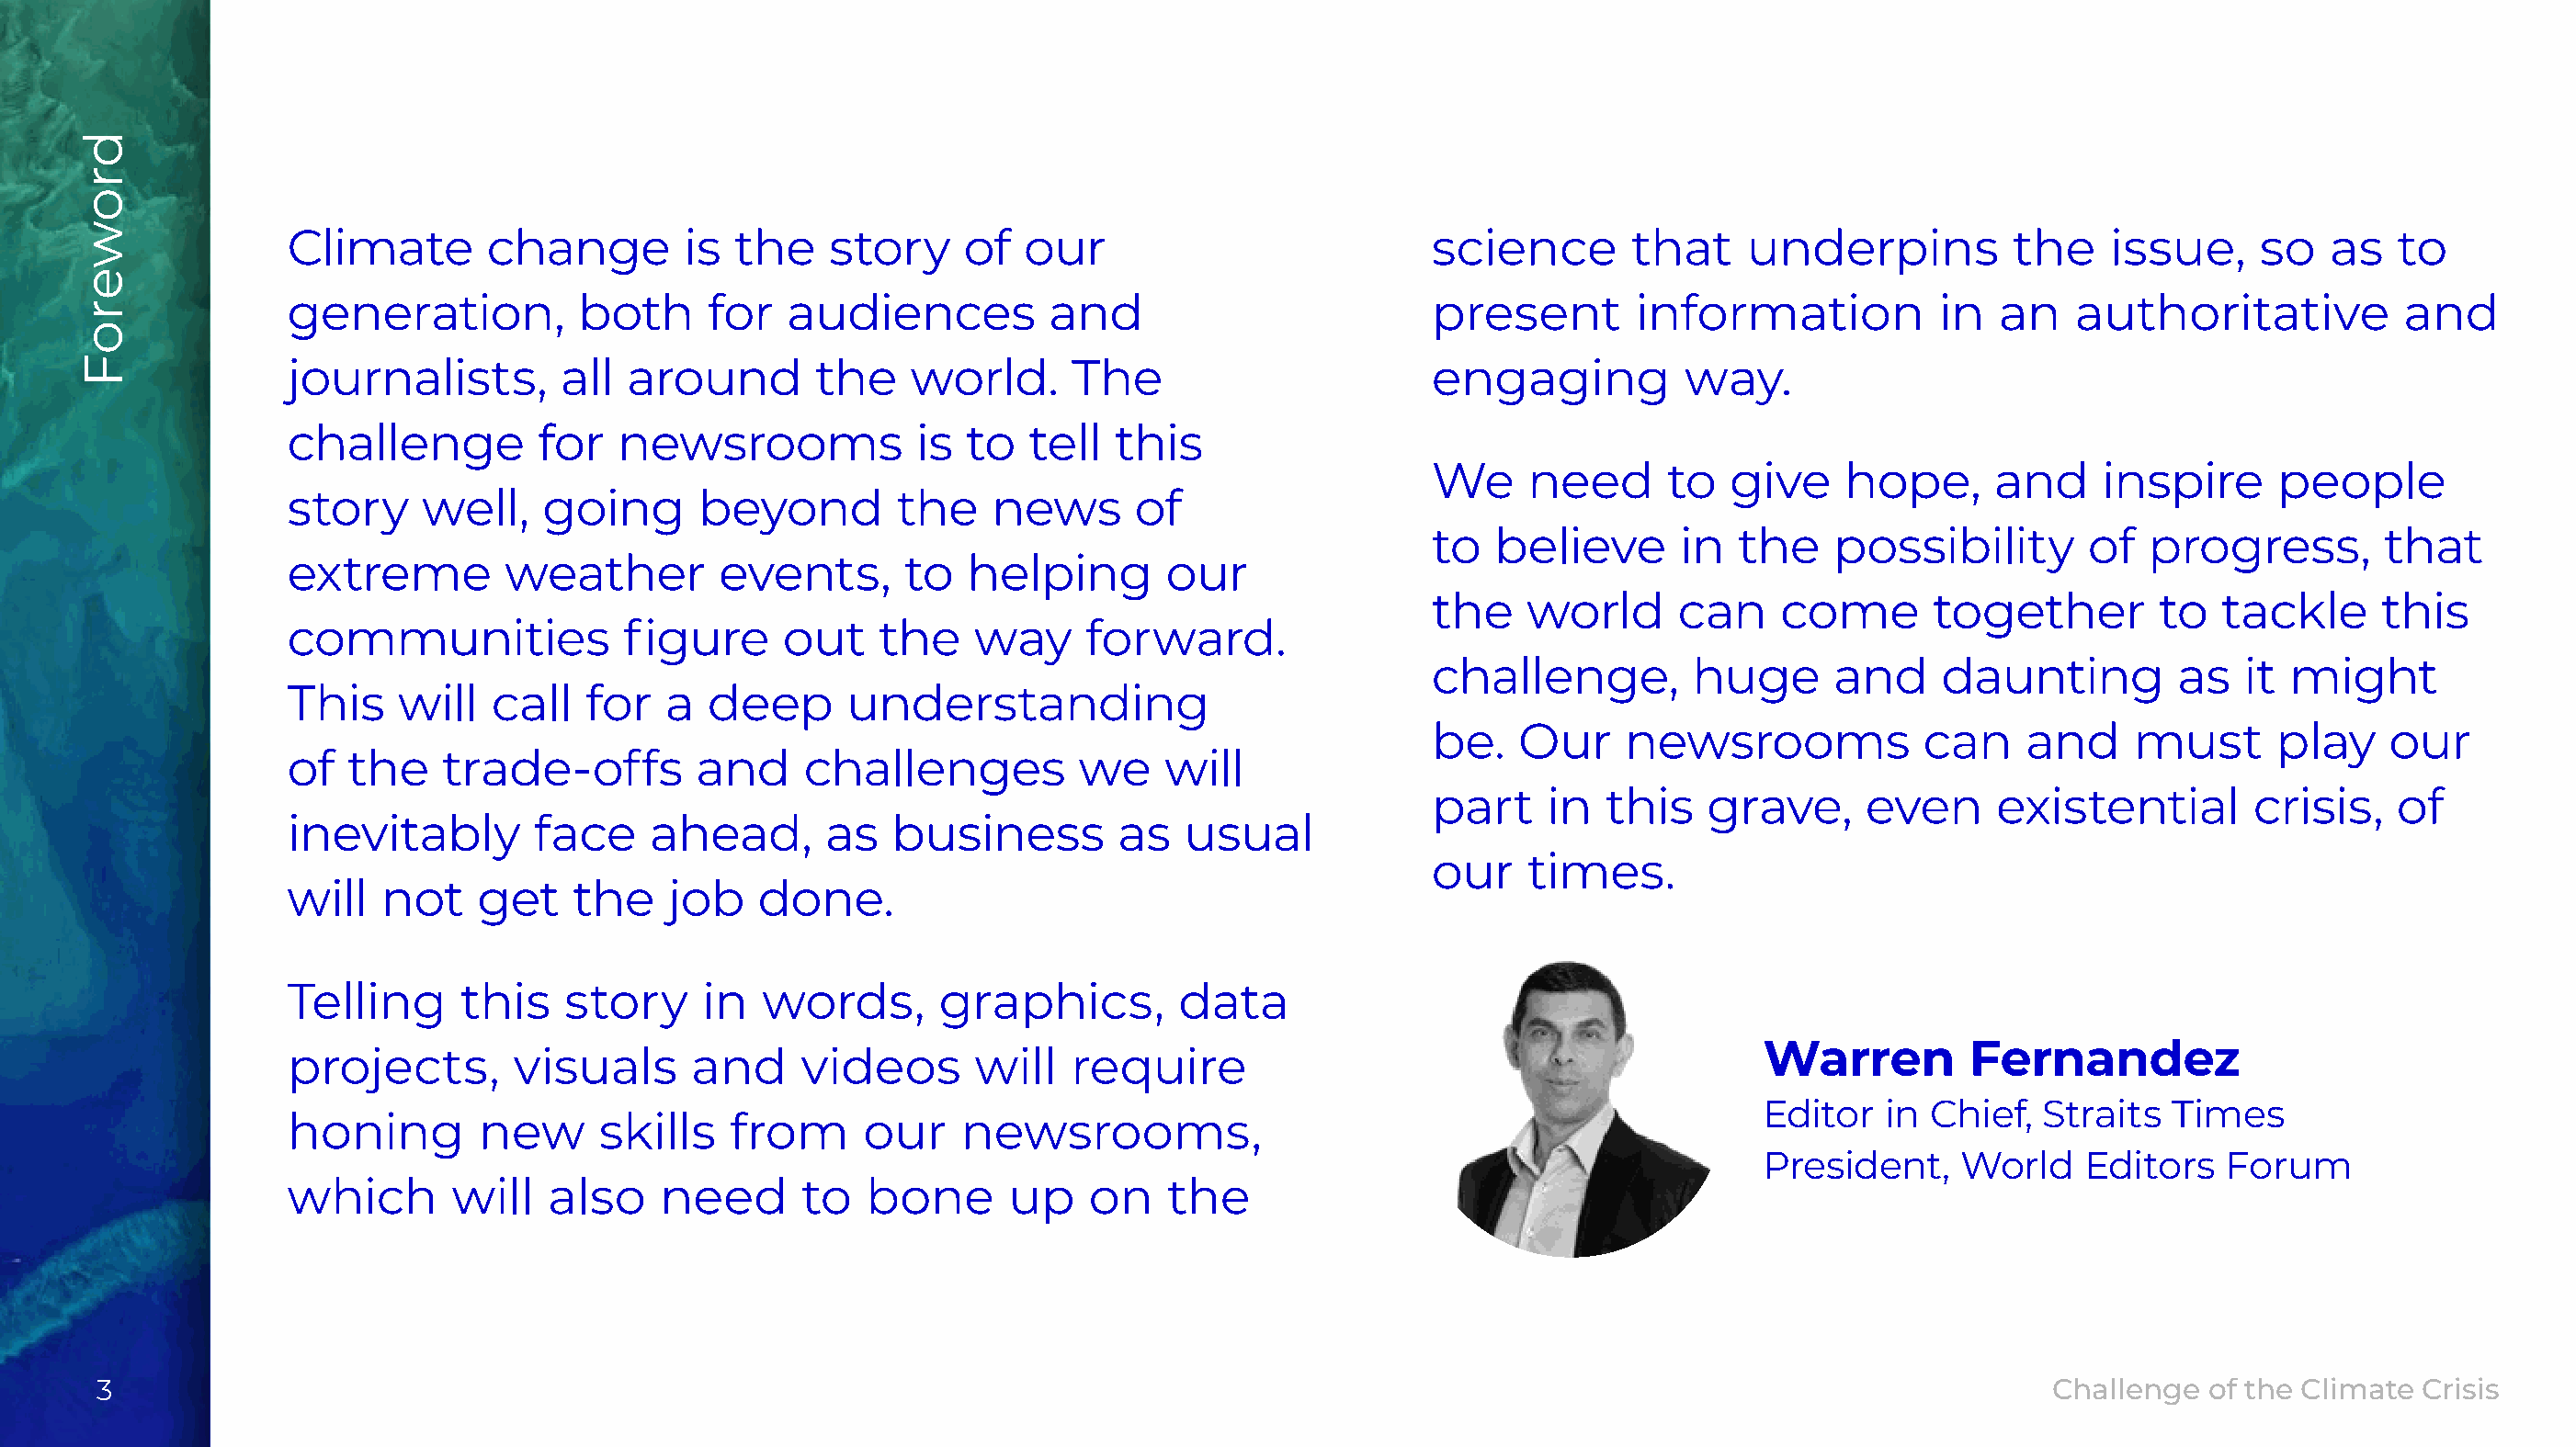
Climate       change        is  the    story    of   our                          science       that     underpins          the    issue,     so   as   to
 generation,          both     for   audiences          and                        present        information           in  an   authoritative           and
 journalists,       all  around        the    world.     The                       engaging          way.
 challenge         for  newsrooms             is  to  tell  this
 We     need      to   give    hope,      and    inspire      people
 story    well,    going      beyond         the   news       of
 to   believe      in  the    possibility       of   progress,        that
 extreme        weather         events,      to   helping       our
 the    world      can    come       together        to   tackle     this
 communities             figure     out    the    way     forward.
 challenge,         huge      and     daunting         as   it might
 This    will  call   for   a  deep      understanding
 be.   Our     newsrooms            can     and     must      play    our
 of  the    trade-offs        and     challenges          we    will
 part    in   this   grave,     even      existential       crisis,    of
 inevitably       face     ahead,      as   business        as   usual
 our    times.
 will  not    get    the    job    done.
 Telling     this    story     in  words,       graphics,        data
 Warren         Fernandez
 projects,       visuals      and     videos      will   require
 Editor   in Chief,  Straits  Times
 honing       new      skills    from     our    newsrooms,
 President,    World    Editors   Forum
 which       will  also     need      to  bone       up   on    the
 3                                                                                                                                            Challenge  of the Climate Crisis
 droweroF